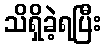
သိရှိခဲ့ရပြီး